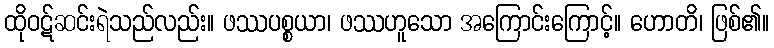
ထိုဝဋ်ဆင်းရဲသည်လည်း။ ဖဿပစ္စယာ၊ ဖဿဟူသော အကြောင်းကြောင့်။ ဟောတိ၊ ဖြစ်၏။